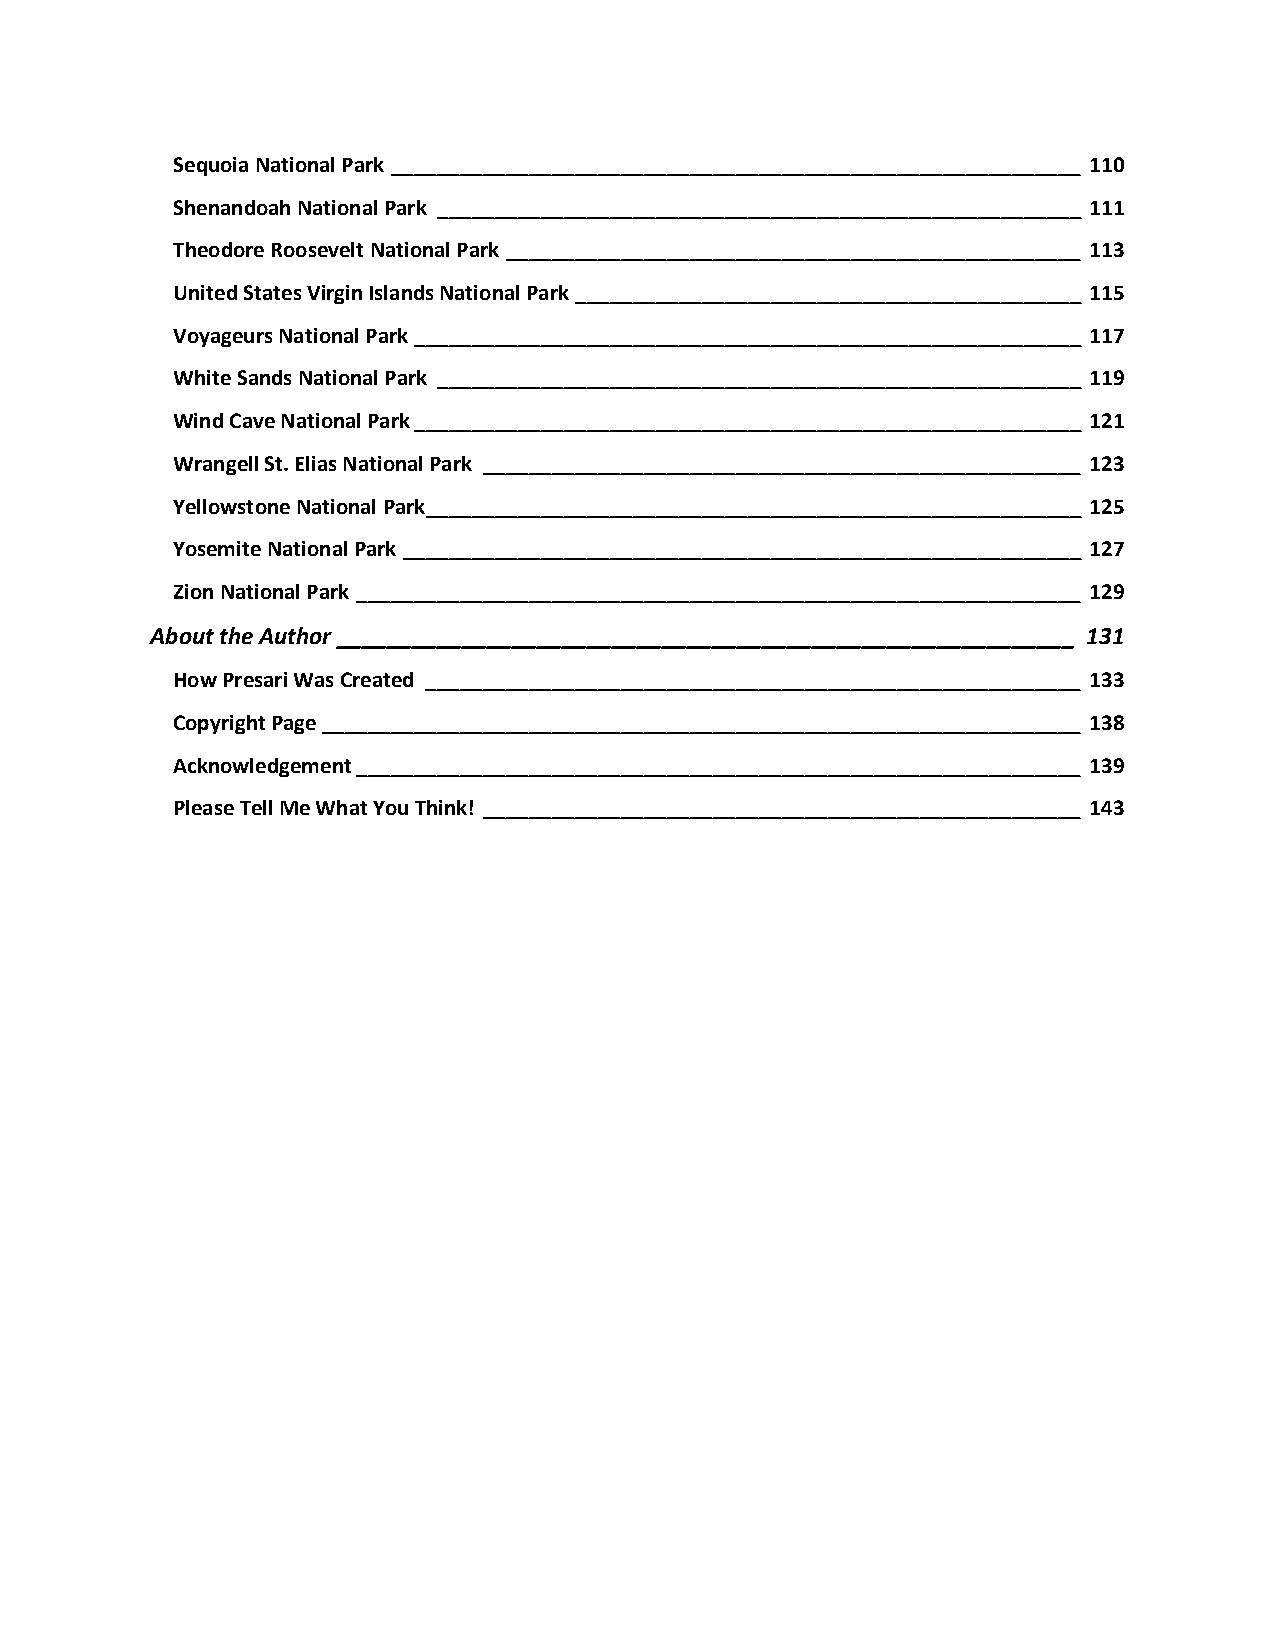
Sequoia National Park ____________________________________________________________ 110
 Shenandoah National Park ________________________________________________________ 111
 Theodore Roosevelt National Park __________________________________________________ 113
 United States Virgin Islands National Park ____________________________________________ 115
 Voyageurs National Park __________________________________________________________ 117
 White Sands National Park ________________________________________________________ 119
 Wind Cave National Park __________________________________________________________ 121
 Wrangell St. Elias National Park ____________________________________________________ 123
 Yellowstone National Park _________________________________________________________ 125
 Yosemite National Park ___________________________________________________________ 127
 Zion National Park _______________________________________________________________ 129
 About the Author ___________________________________________________________ 131
 How Presari Was Created _________________________________________________________ 133
 Copyright Page __________________________________________________________________ 138
 Acknowledgement _______________________________________________________________ 139
 Please Tell Me What You Think! ____________________________________________________ 143